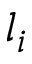
l _ { i }